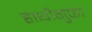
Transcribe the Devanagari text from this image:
हाथीगुफा